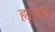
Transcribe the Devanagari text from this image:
ह्यूजचे